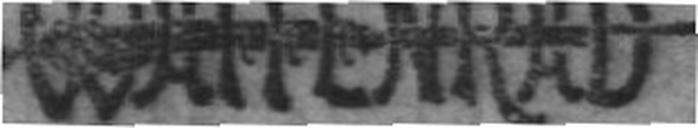
WAFFENRAD